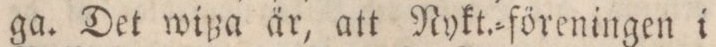
ga. Det wißa är, att Nykt.=föreningen i